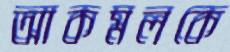
আকমলকে